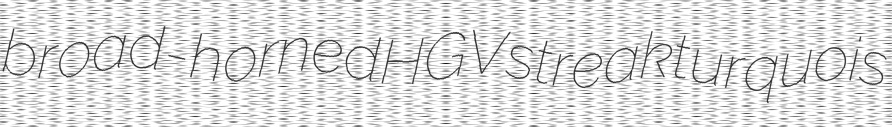
broad-horned HGV streak turquois